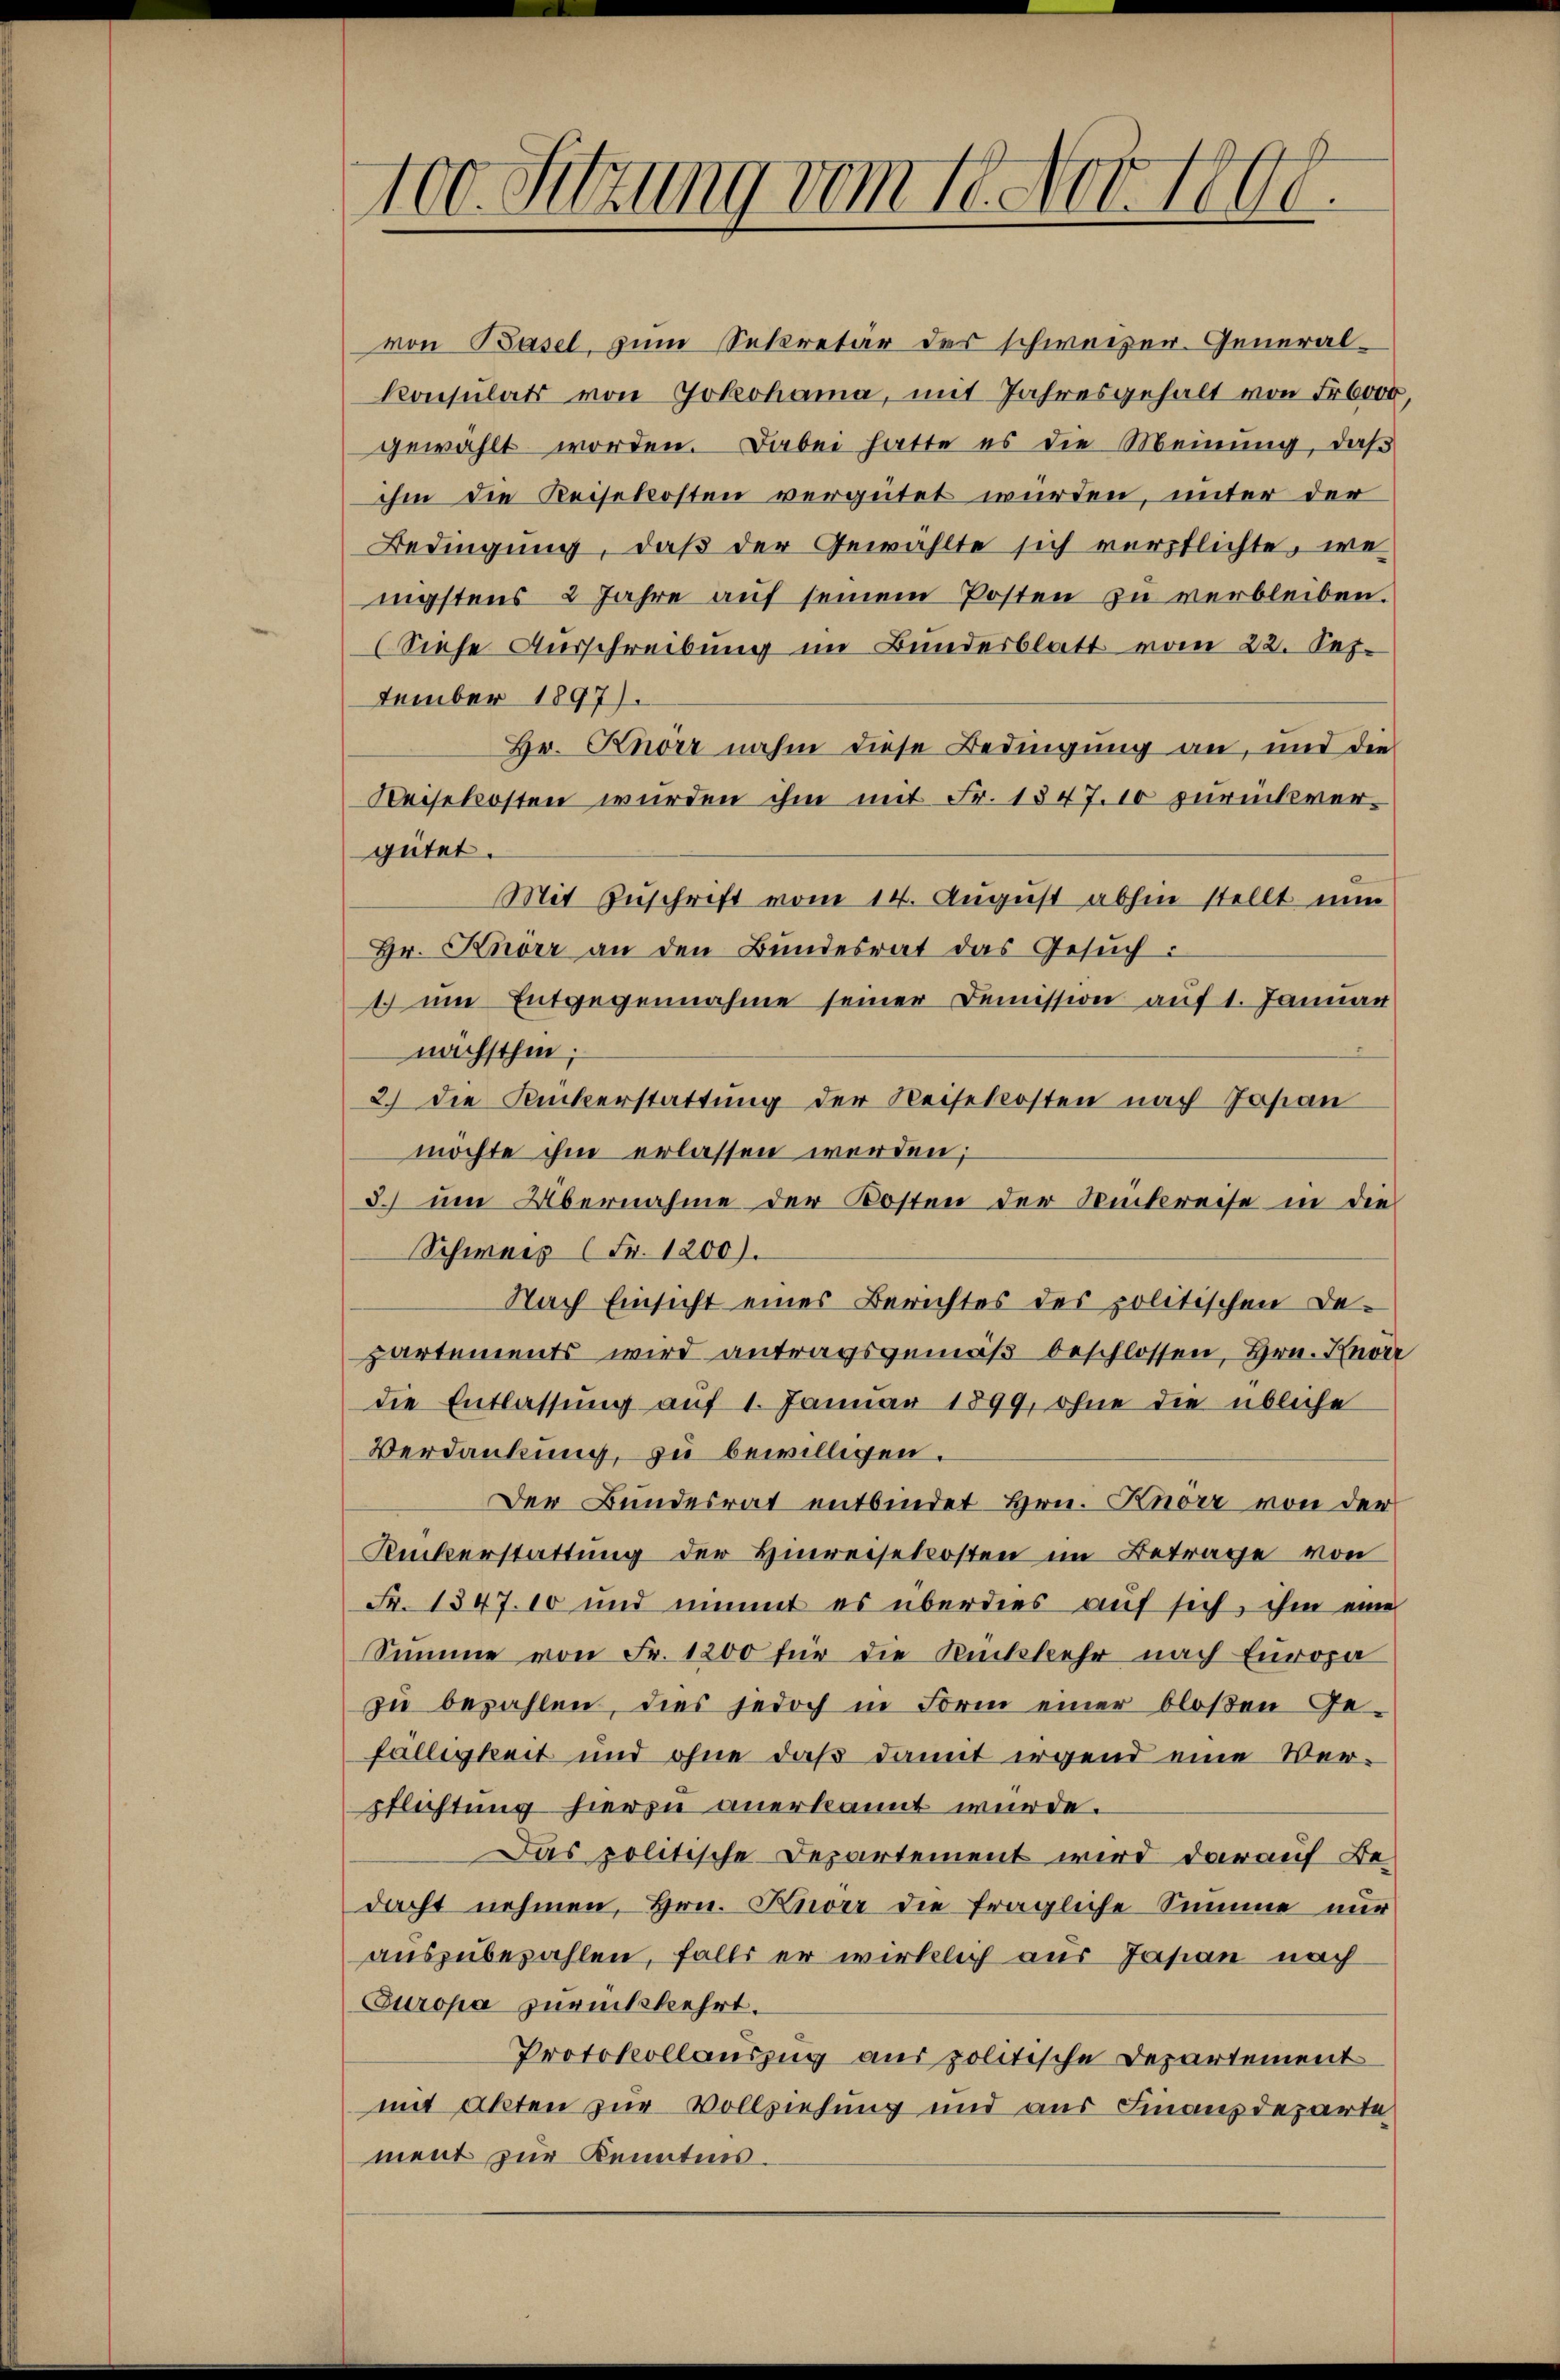
100. Sitzung vom 18. Nov. 198.

von Basel, zum Sekretär des schweizer. General¬
Konsulats von Jokohama, mit Jahresgehalt von Fr. 6000,
gewählt worden. Dabei hatte es die Meinung, daß
ihm die Reisekosten vergütet wurden, unter der
Bedingung, daß der Gewählte sich verpflichte, we
nigstens 2 Jahre auf seinem Posten zu verbleiben.
(iese Ausschreibung im Bundesblatt vom 22. September 1897).
Hr. Knörz nahm diese Bedingung an, und die
Keisekosten würden ihm mit Fr. 1847. 10 zurückvergütet.
Mit Zuschrift vom 14. August abhin stellt nun
Hr. Knorr an den Bundesrat das Gesŭch.
1 um Entgegennahme seiner Demission auf 1. Januar
nächsthin;
2.) Die Ruckerstattung der Reisekosten nach Jasan
möchte ihm erlassen werden;
3. um Übernahme der Kosten der Rückreise in die
Schwarz (Fr. 1200).
Nach Einsicht eines Berichtes des politischen Departements wird antragsgemäß beschlossen, Hrn. Anver
die Entlassung auf 1. Januar 1899, ohne die übliche
Verdankung, zu bewilligen.
Der Bundesrat entbindet Hrn. Knorr von der
Ruckerstattung der Hinreisekosten im Betrage von
Fr. 1347. 10 und nimmt es überdies auf sich, ihm eine
Summe von Fr. 1200 für die Rückkehr nach Europa
zŭ bezahlen, dies jedoch in Form einer bloßen Ge-
fälligkeit und ohne daß damit irgend eine Verpflichtung hierzu anerkannt wurde.
Das politische Departement wird darauf Bedacht nehmen, Hrn. Knorr die fragliche Summe nur
auszubezahlen, falls er wirklich aus Jasian nach
Curopa zurückkehrt.
Protokollauszug aus politische Departement
mit akten zur Vollziehung und aus Finanzdeparte
ment zur Kenntnis.